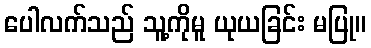
ပေါလက်သည် သူ့ကိုမူ ယုယခြင်း မပြု။